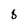
Character: 8